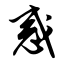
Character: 惑